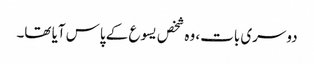
دوسری بات، وہ شخص یسوع کے پاس آیا تھا۔